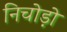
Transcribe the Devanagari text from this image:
निचोड़ो